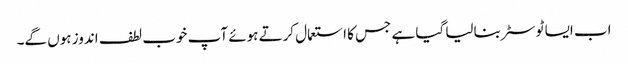
اب ایسا ٹوسٹر بنالیا گیا ہے جس کا استعمال کرتے ہوئے آپ خوب لطف اندوز ہوں گے۔